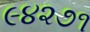
૯૪૨૭૧